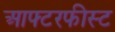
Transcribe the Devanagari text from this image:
आफ्टरफीस्ट